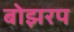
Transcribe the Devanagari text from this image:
बोझरप